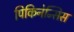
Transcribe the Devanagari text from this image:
पिकिनेन्सिस